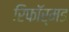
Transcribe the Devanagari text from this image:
रिफॉर्मड